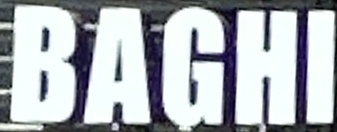
BAGHI